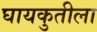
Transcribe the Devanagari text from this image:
घायकुतीला